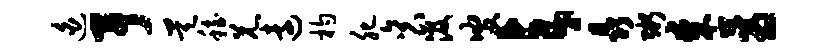
迫予昊稳兄远杓肥衮汲叟与晶粥某蓊